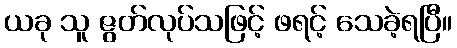
ယခု သူ ဇွတ်လုပ်သဖြင့် ဖရင့် သေခဲ့ရပြီ။